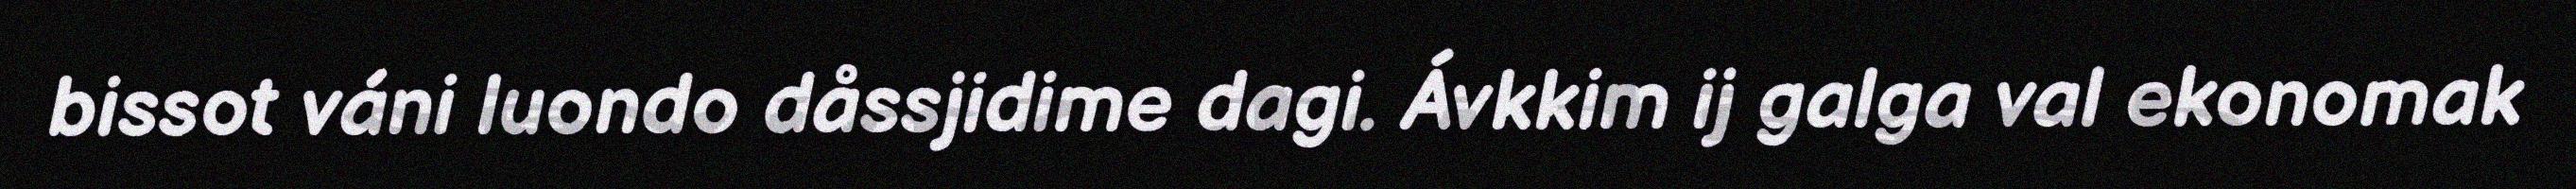
bissot váni luondo dåssjidime dagi. Ávkkim ij galga val ekonomak